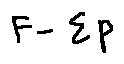
F - \sum P